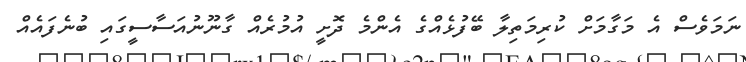
ނަމަވެސް އެ މަގާމަށް ކުރިމަތިލާ ބޭފުޅެއްގެ އެންމެ ދޮށީ އުމުރެއް ގާނޫނުއަސާސީގައި ބުނެފައެއް